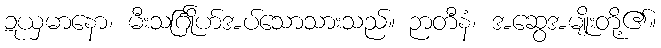
ဍယှမာနော၊ မီးသင်္ဂြိုဟ်အပ်သောသားသည်။ ဉာတီနံ၊ အဆွေအမျိုးတို့၏။